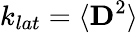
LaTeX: k_{lat}=\langle\mathbf{D}^{2}\rangle